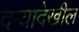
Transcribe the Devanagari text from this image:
दर्‍यादेखील